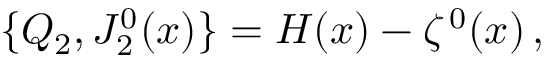
\{ Q _ { 2 } , J _ { 2 } ^ { 0 } ( x ) \} = { \cal H } ( x ) - \zeta ^ { \, 0 } ( x ) \, ,